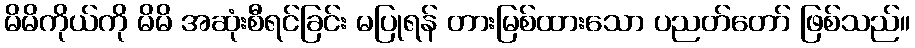
မိမိကိုယ်ကို မိမိ အဆုံးစီရင်ခြင်း မပြုရန် တားမြစ်ထားသော ပညတ်တော် ဖြစ်သည်။